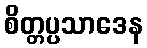
စိတ္တပ္ပသာဒေန